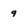
Character: 9